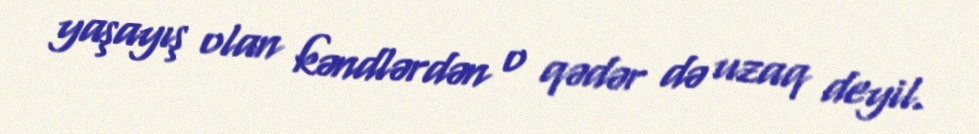
yaşayış olan kəndlərdən o qədər də uzaq deyil.